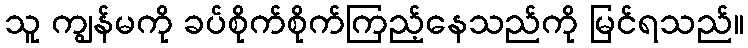
သူ ကျွန်မကို ခပ်စိုက်စိုက်ကြည့်နေသည်ကို မြင်ရသည်။